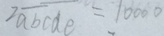
2 \overline { a b } \overline { c d e } = 1 0 0 0 0